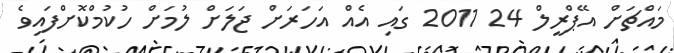
މައްޗަށް އޭޕްރީލް 24 2011 ގައި އެއް އަހަރަށް ޖަލަށް ލުމަށް ހުކުމްކޮށްފައިވެ